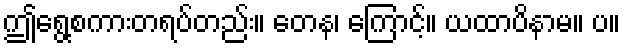
ဤရွေ့စကားတရပ်တည်း။ တေန၊ ကြောင့်။ ယထာပိနာမ။ ပ။